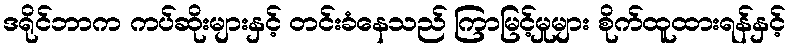
ဒရိုင်ဘာက ကပ်ဆိုးများနှင့် တင်းခံနေသည် ကြာမြင့်မှုများ စိုက်ထူထားရန်နှင့်